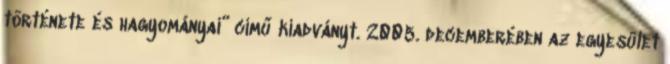
története és hagyományai” című kiadványt. 2005. decemberében az egyesület